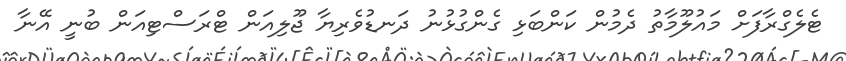
ޓެލެގްރާފަށް މައުލޫމާތު ދެމުން ކަންބަޅި ގެންގުޅުނު ދަނޑުވެރިޔާ ޖޫލިއަން ޓްރަސްޓިއަން ބުނީ އޭނާ